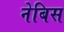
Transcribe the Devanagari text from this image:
नेबिस